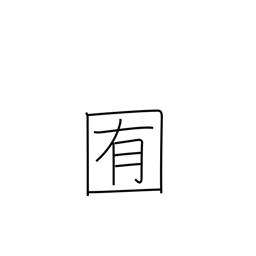
Meaning: pasture